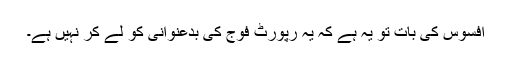
افسوس کی بات تو یہ ہے کہ یہ رپورٹ فوج کی بدعنوانی کو لے کر نہیں ہے۔